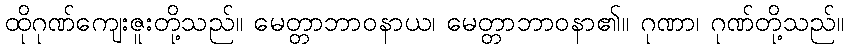
ထိုဂုဏ်ကျေးဇူးတို့သည်။ မေတ္တာဘာဝနာယ၊ မေတ္တာဘာဝနာ၏။ ဂုဏာ၊ ဂုဏ်တို့သည်။